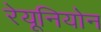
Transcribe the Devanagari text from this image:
रेयूनियोन